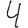
Digit: 4